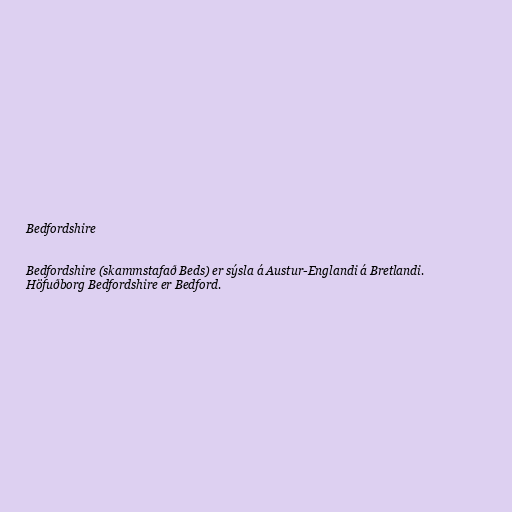
Bedfordshire

Bedfordshire (skammstafað Beds) er sýsla á Austur-Englandi á Bretlandi.
Höfuðborg Bedfordshire er Bedford.